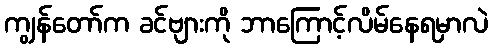
ကျွန်တော်က ခင်ဗျားကို ဘာကြောင့်လိမ်နေရမှာလဲ